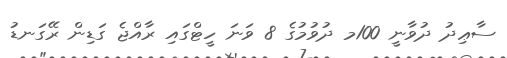
ސާޢިދު ދުވާނީ 100މ ދުވުމުގެ 8 ވަނަ ހީޓްގައި ރާއްޖެ ގަޑިން ރޭގަނޑު